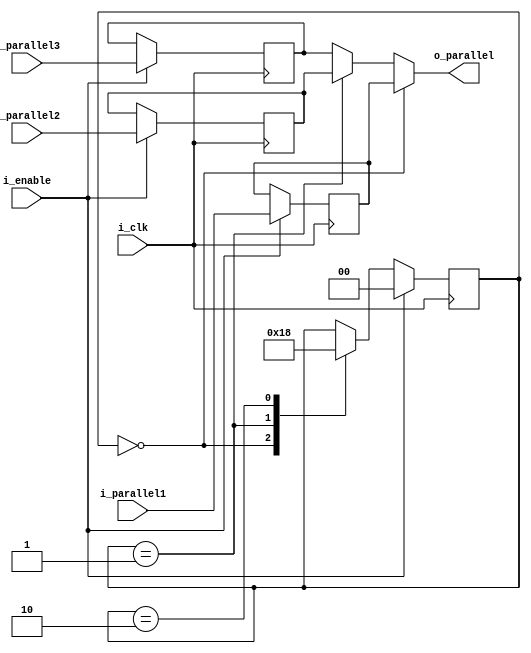
module PISO (
    input               i_clk,
    input               i_enable,
    input [31:0]        i_parallel1,
    input [31:0]        i_parallel2,
    input [31:0]        i_parallel3,
    output reg [31:0]   o_parallel
);
    reg [1:0] state;
    reg [31:0] piso1;
    reg [31:0] piso2;
    reg [31:0] piso3;


    always @(posedge i_clk) begin
        if (i_enable) begin
            state <= 2'b00;
            piso1 <= i_parallel1;
            piso2 <= i_parallel2;
            piso3 <= i_parallel3;
        end else begin
            case (state)
                2'b00: begin
                    state <= 2'b01;
                end
                2'b01: begin
                    state <= 2'b10;
                end
                2'b10: begin
                    state <= 2'b00;
                end
            endcase
        end
    end

    assign o_parallel = (state==2'b00)? piso1:
                        (state==2'b01)? piso2:
                        piso3;
endmodule